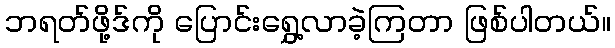
ဘရတ်ဖို့ဒ်ကို ပြောင်းရွှေ့လာခဲ့ကြတာ ဖြစ်ပါတယ်။